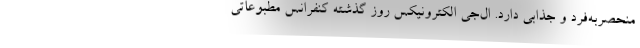
منحصربه‌فرد و جذابی دارد. ال‌جی الکترونیکس روز گذشته کنفرانس مطبوعاتی